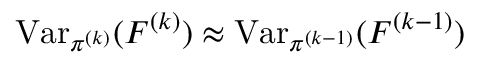
\operatorname { V a r } _ { \pi ^ { ( k ) } } ( F ^ { ( k ) } ) \approx \operatorname { V a r } _ { \pi ^ { ( k - 1 ) } } ( F ^ { ( k - 1 ) } )